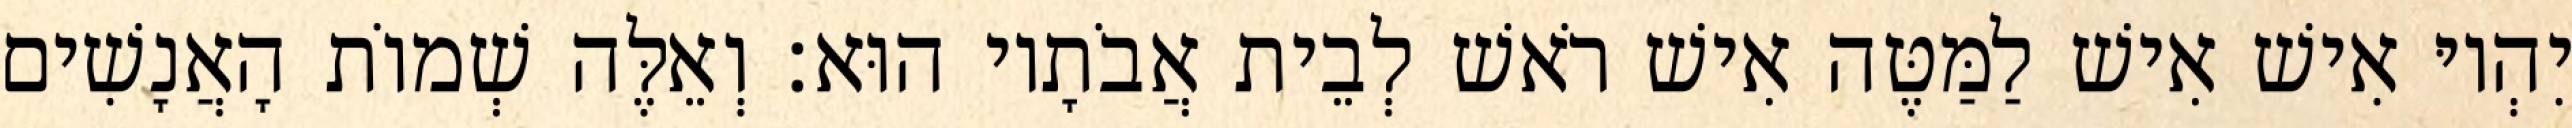
יִהְיוּ אִישׁ אִישׁ לַמַּטֶּה אִישׁ רֹאשׁ לְבֵית אֲבֹתָיו הוּא׃ וְאֵלֶּה שְׁמוֹת הָאֲנָשִׁים